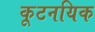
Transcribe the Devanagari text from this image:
कूटनयिक